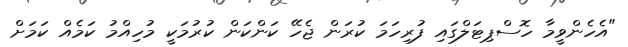
"އެހެންވީމާ ހޮސްޕިޓަލްގައި ފުރިހަމަ ކުރަން ޖެހޭ ކަންކަން ކުރުމަކީ މުހިއްމު ކަމެއް ކަމަށް